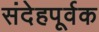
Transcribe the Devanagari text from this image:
संदेहपूर्वक